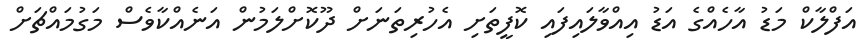
އަފްލާކް މަޑު އާހެއްގެ އަޑު އިއްވާލައިފައި ކޮފީތަށި އެހުރިތަނަށް ދޫކޮށްލަމުން އަނެއްކާވެސް މަގުމައްޗަށް